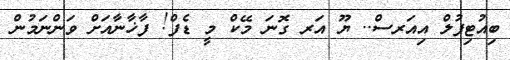
ބިއުޓިފުލް އިއަރސް.. ޔޫ އަރ ގޮނަ މޭކް މީ ޑެފް! ފާޚާނާއަށް ވަންނަމުން